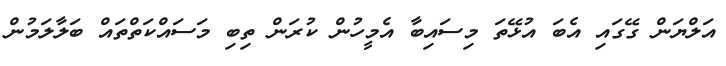
އަލްޔަން ގޭގައި އެބަ އުޅޭތަ މިސައިބާ އެމީހުން ކުރަން ތިބި މަސައްކަތްތައް ބަލާލަމުން